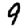
Digit: 9